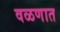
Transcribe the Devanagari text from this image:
वळणात